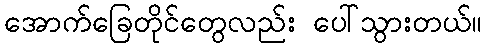
အောက်ခြေတိုင်တွေလည်း ပေါ်သွားတယ်။